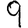
Digit: 9